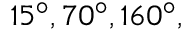
1 5 ^ { \circ } , 7 0 ^ { \circ } , 1 6 0 ^ { \circ } ,